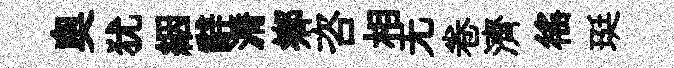
奥犹絪辭漘鄕咨相无卷濟徭珽